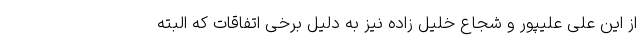
از این علی علیپور و شجاع خلیل زاده نیز به دلیل برخی اتفاقات که البته